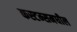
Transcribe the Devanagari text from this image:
कस्टम्समधील